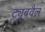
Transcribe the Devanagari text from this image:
ट्यूबवैल